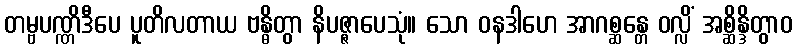
တမ္ဗပဏ္ဏိဒီပေ ပူတိလတာယ ဗန္ဓိတွာ နိပဇ္ဇာပေသုံ။ သော ဝနဒါဟေ အာဂစ္ဆန္တေ ဝလ္လိံ အစ္ဆိန္ဒိတွာဝ